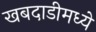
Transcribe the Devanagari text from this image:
खबदाडीमध्ये